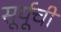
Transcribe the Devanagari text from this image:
सूर्यूची